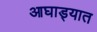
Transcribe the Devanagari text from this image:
आघाड्यात